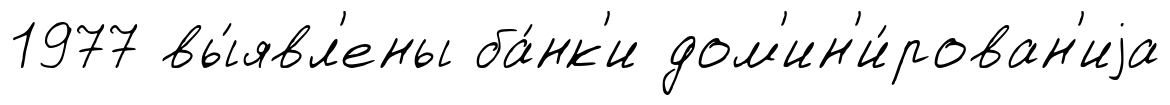
1977 вы́явл'ены ба́нк'и дом'ин'и́рован'иjа